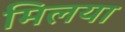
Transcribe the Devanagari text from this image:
मिलया